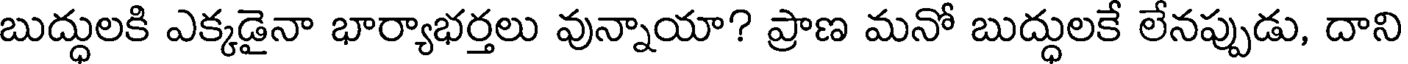
బుద్ధులకి ఎక్కడైనా భార్యాభర్తలు వున్నాయా? ప్రాణ మనో బుద్ధులకే లేనప్పుడు, దాని